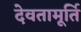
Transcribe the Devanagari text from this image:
देवतामूर्ति